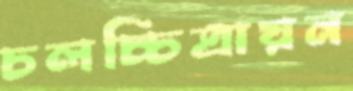
চলচ্চিত্রায়ন